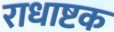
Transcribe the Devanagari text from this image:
राधाष्टक